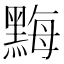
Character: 黣